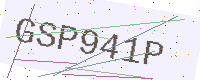
Text: GSP941P